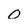
Character: 0